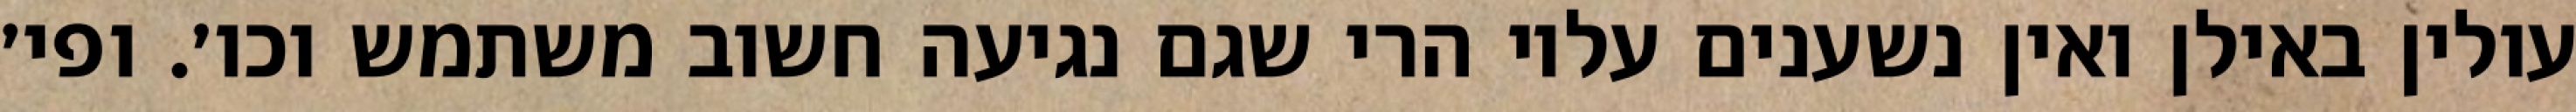
עולין באילן ואין נשענים עליו הרי שגם נגיעה חשוב משתמש וכו׳. ופי׳